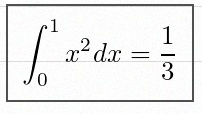
\int_0^1 x^2dx=\frac13